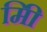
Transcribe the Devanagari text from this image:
मिी